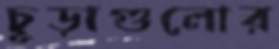
চূড়াগুলোর